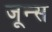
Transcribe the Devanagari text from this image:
जून्स